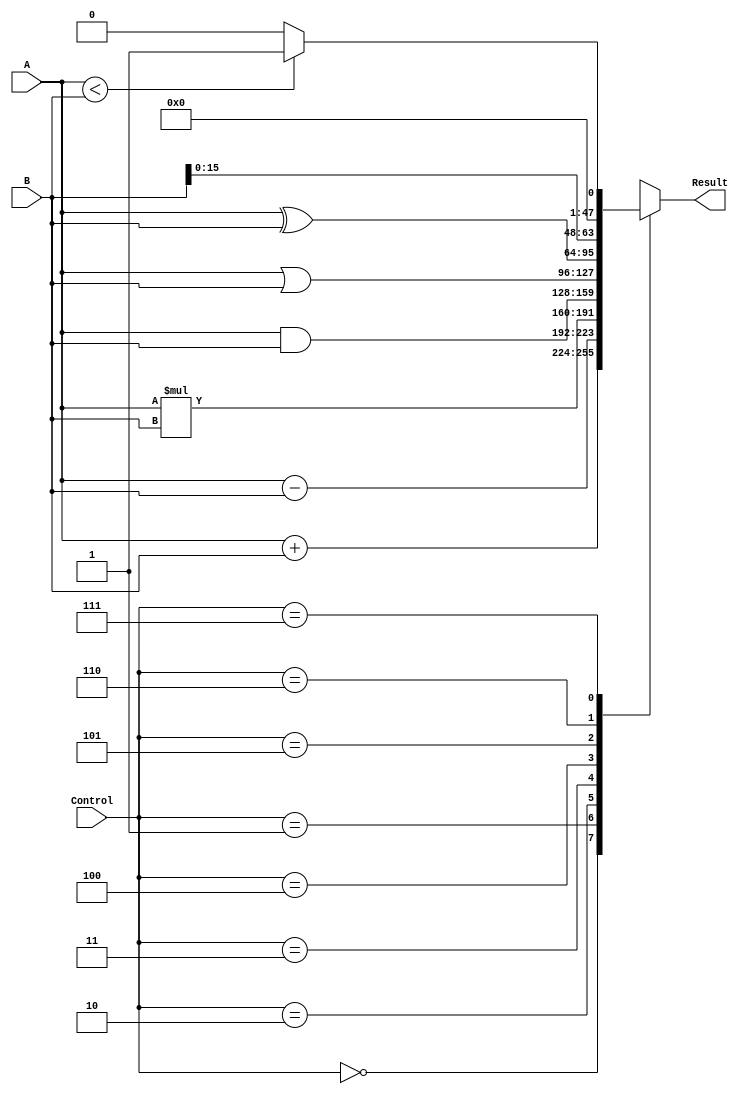
module ALU
#
(
	parameter DATA_WIDTH = 32
)
(
	input			[2: 0]					Control,
	input			[DATA_WIDTH-1: 0]		A,
	input			[DATA_WIDTH-1: 0]		B,
	
	output reg 	[DATA_WIDTH-1: 0] 	Result
);

	
	always @ (*) begin
		Result = 32'b0;
		case (Control)
			3'b000	:	Result = A + B;
			3'b001	:	Result = A - B;
			3'b010	:	Result = A * B;
			3'b011	:	Result = A & B;
			3'b100	:	Result = A | B;
			3'b101	: 	Result = A ^ B;
			3'b110	: 	Result = B << 16;
			3'b111	:	Result = (A < B) ? 32'd1 : 32'd0;
			
			default:		Result = 32'b0;
		endcase
	end
endmodule